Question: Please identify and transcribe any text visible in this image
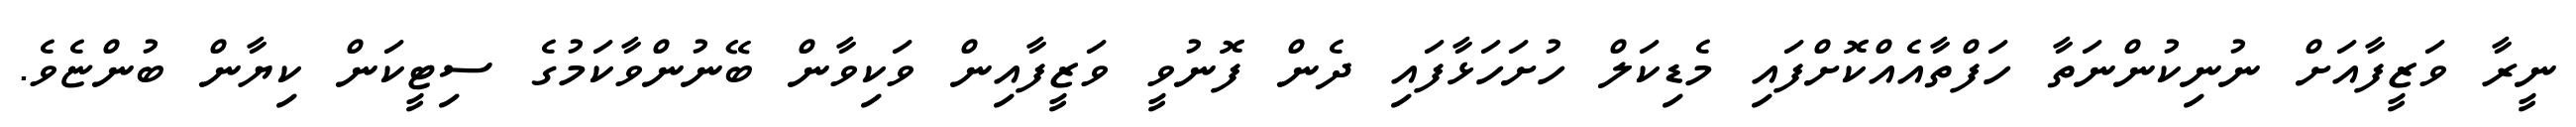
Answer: ނީރާ ވަޒީފާއަށް ނުނިކުންނަތާ ހަފްތާއެއްކޮށްފައި މެޑިކަލް ހުށަހަޅާފައި ދެން ފޮނުވީ ވަޒީފާއިން ވަކިވާން ބޭނުންވާކަމުގެ ސިޓީކަން ކިޔާން ބުންޏެވެ.